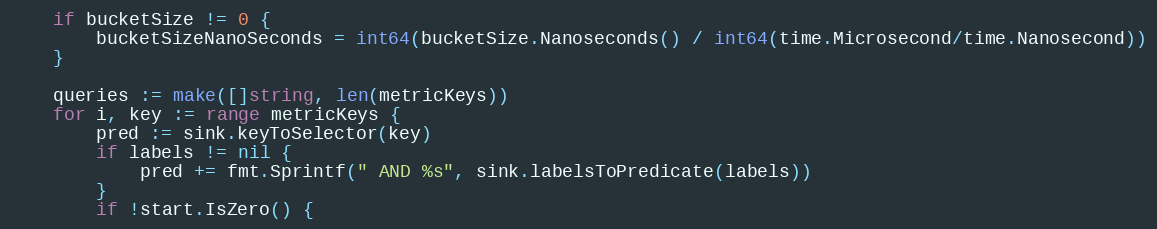
Language: Go
	if bucketSize != 0 {
		bucketSizeNanoSeconds = int64(bucketSize.Nanoseconds() / int64(time.Microsecond/time.Nanosecond))
	}

	queries := make([]string, len(metricKeys))
	for i, key := range metricKeys {
		pred := sink.keyToSelector(key)
		if labels != nil {
			pred += fmt.Sprintf(" AND %s", sink.labelsToPredicate(labels))
		}
		if !start.IsZero() {